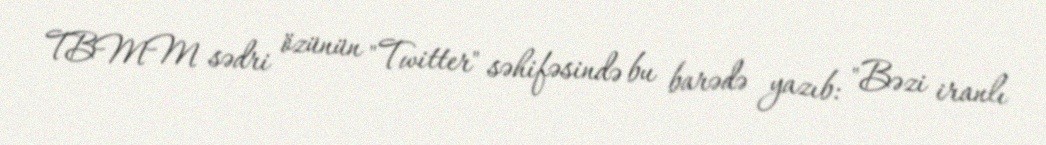
TBMM sədri özünün "Twitter" səhifəsində bu barədə yazıb: "Bəzi iranlı